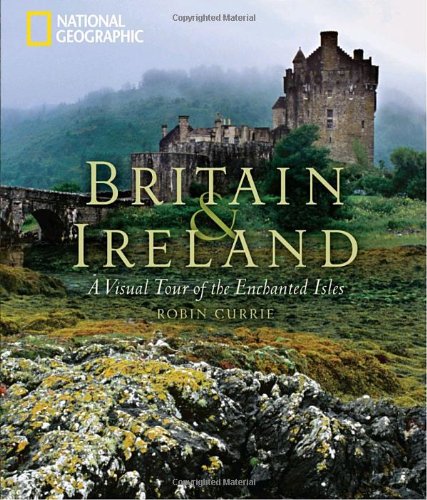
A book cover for Britain and Ireland: A Visual Tour of the Enchanted Isles; Robin Currie; Travel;